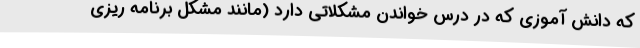
که دانش آموزی که در درس خواندن مشکلاتی دارد (مانند مشکل برنامه ریزی